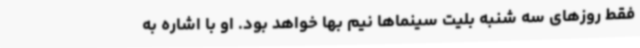
فقط روزهای سه شنبه بلیت سینماها نیم بها خواهد بود. او با اشاره به